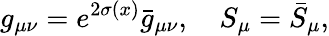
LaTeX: g_{\mu\nu}=e^{2\sigma(x)}\bar{g}_{\mu\nu},\ \ \ \ S_{\mu}=\bar{S}_{\mu},